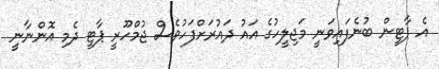
އެ ޕާޓީން ބުނެފައިވަނީ މަޖިލީހުގެ އައު ދައުރަށްފަހުވެސް ޖުމްހޫރީ ޕާޓީ ދެމި އޮންނާނީ